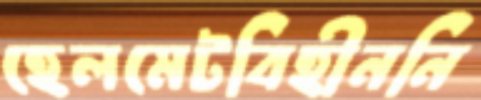
হেলমেটবিহীননি